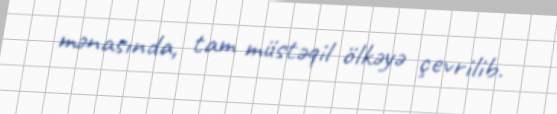
mənasında, tam müstəqil ölkəyə çevrilib.